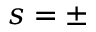
s = \pm